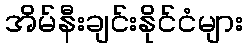
အိမ်နီးချင်းနိုင်ငံများ